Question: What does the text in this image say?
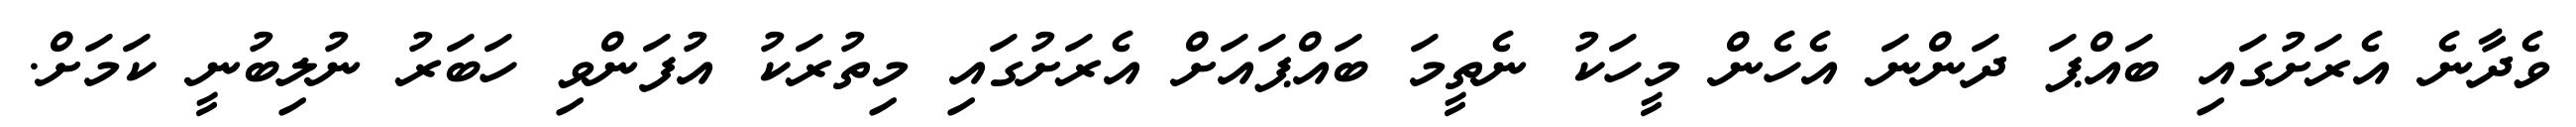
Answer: ވެދާނެ އެރަށުގައި ބައްޕަ ދަންނަ އެހެން މީހަކު ނެތީމަ ބައްޕައަށް އެރަށުގައި މިތުރަކު އުފަންވި ހަބަރު ނުލިބުނީ ކަމަށް.